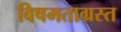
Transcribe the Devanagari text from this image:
विषमताग्रस्त